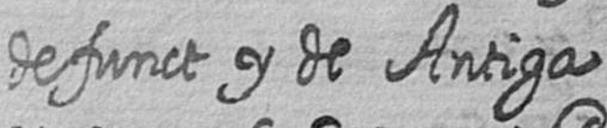
defunct y de Antiga